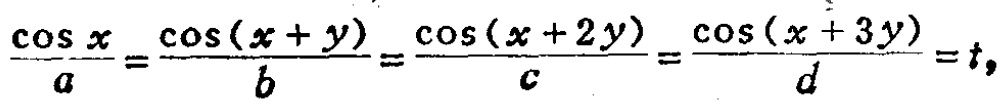
\(\frac{\cos x}{a}=\frac{\cos(x + y)}{b}=\frac{\cos(x + 2y)}{c}=\frac{\cos(x + 3y)}{d}=t\)